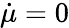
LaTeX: \dot{\mu}=0